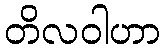
တိလဝါဟာ